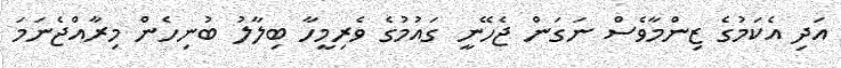
އަދި އެކަމުގެ ޒިންމާވެސް ނަގަން ޖެހޭނީ ގައުމުގެ ވެރިމީހާ ބިލާލު ބުނިހެން މިރާއްޖެނަމަ